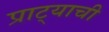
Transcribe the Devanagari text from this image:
प्राट्याची